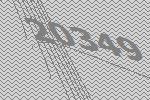
20349